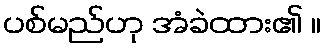
ပစ်မည်ဟု အံခဲထား၏ ။